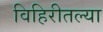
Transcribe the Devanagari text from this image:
विहिरीतल्या